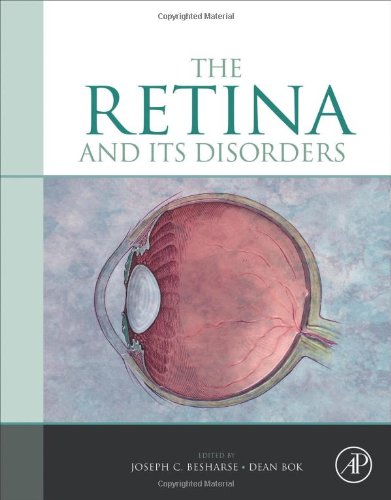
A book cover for The Retina and its Disorders; Medical Books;